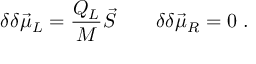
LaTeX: \delta \delta \vec { \mu } _ { L } = { \frac { Q _ { L } } { M } } \vec { S } \qquad \delta \delta \vec { \mu } _ { R } = 0 \ .